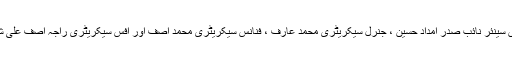
ملاقات میں سینئر نائب صدر امداد حسین ، جنرل سیکریٹری محمد عارف ، فنانس سیکریٹری محمد آصف اور آفس سیکریٹری راجہ آصف علی شامل تھے۔